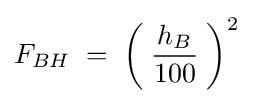
F_{BH}\;=\;\left(\;{\frac {h_{B}}{100}}\;\right)^{2}